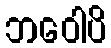
ဘဝေါပိ